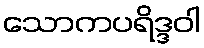
သောကပရိဒ္ဒဝါ